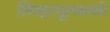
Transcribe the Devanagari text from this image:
लिव्हरपूलमध्ये